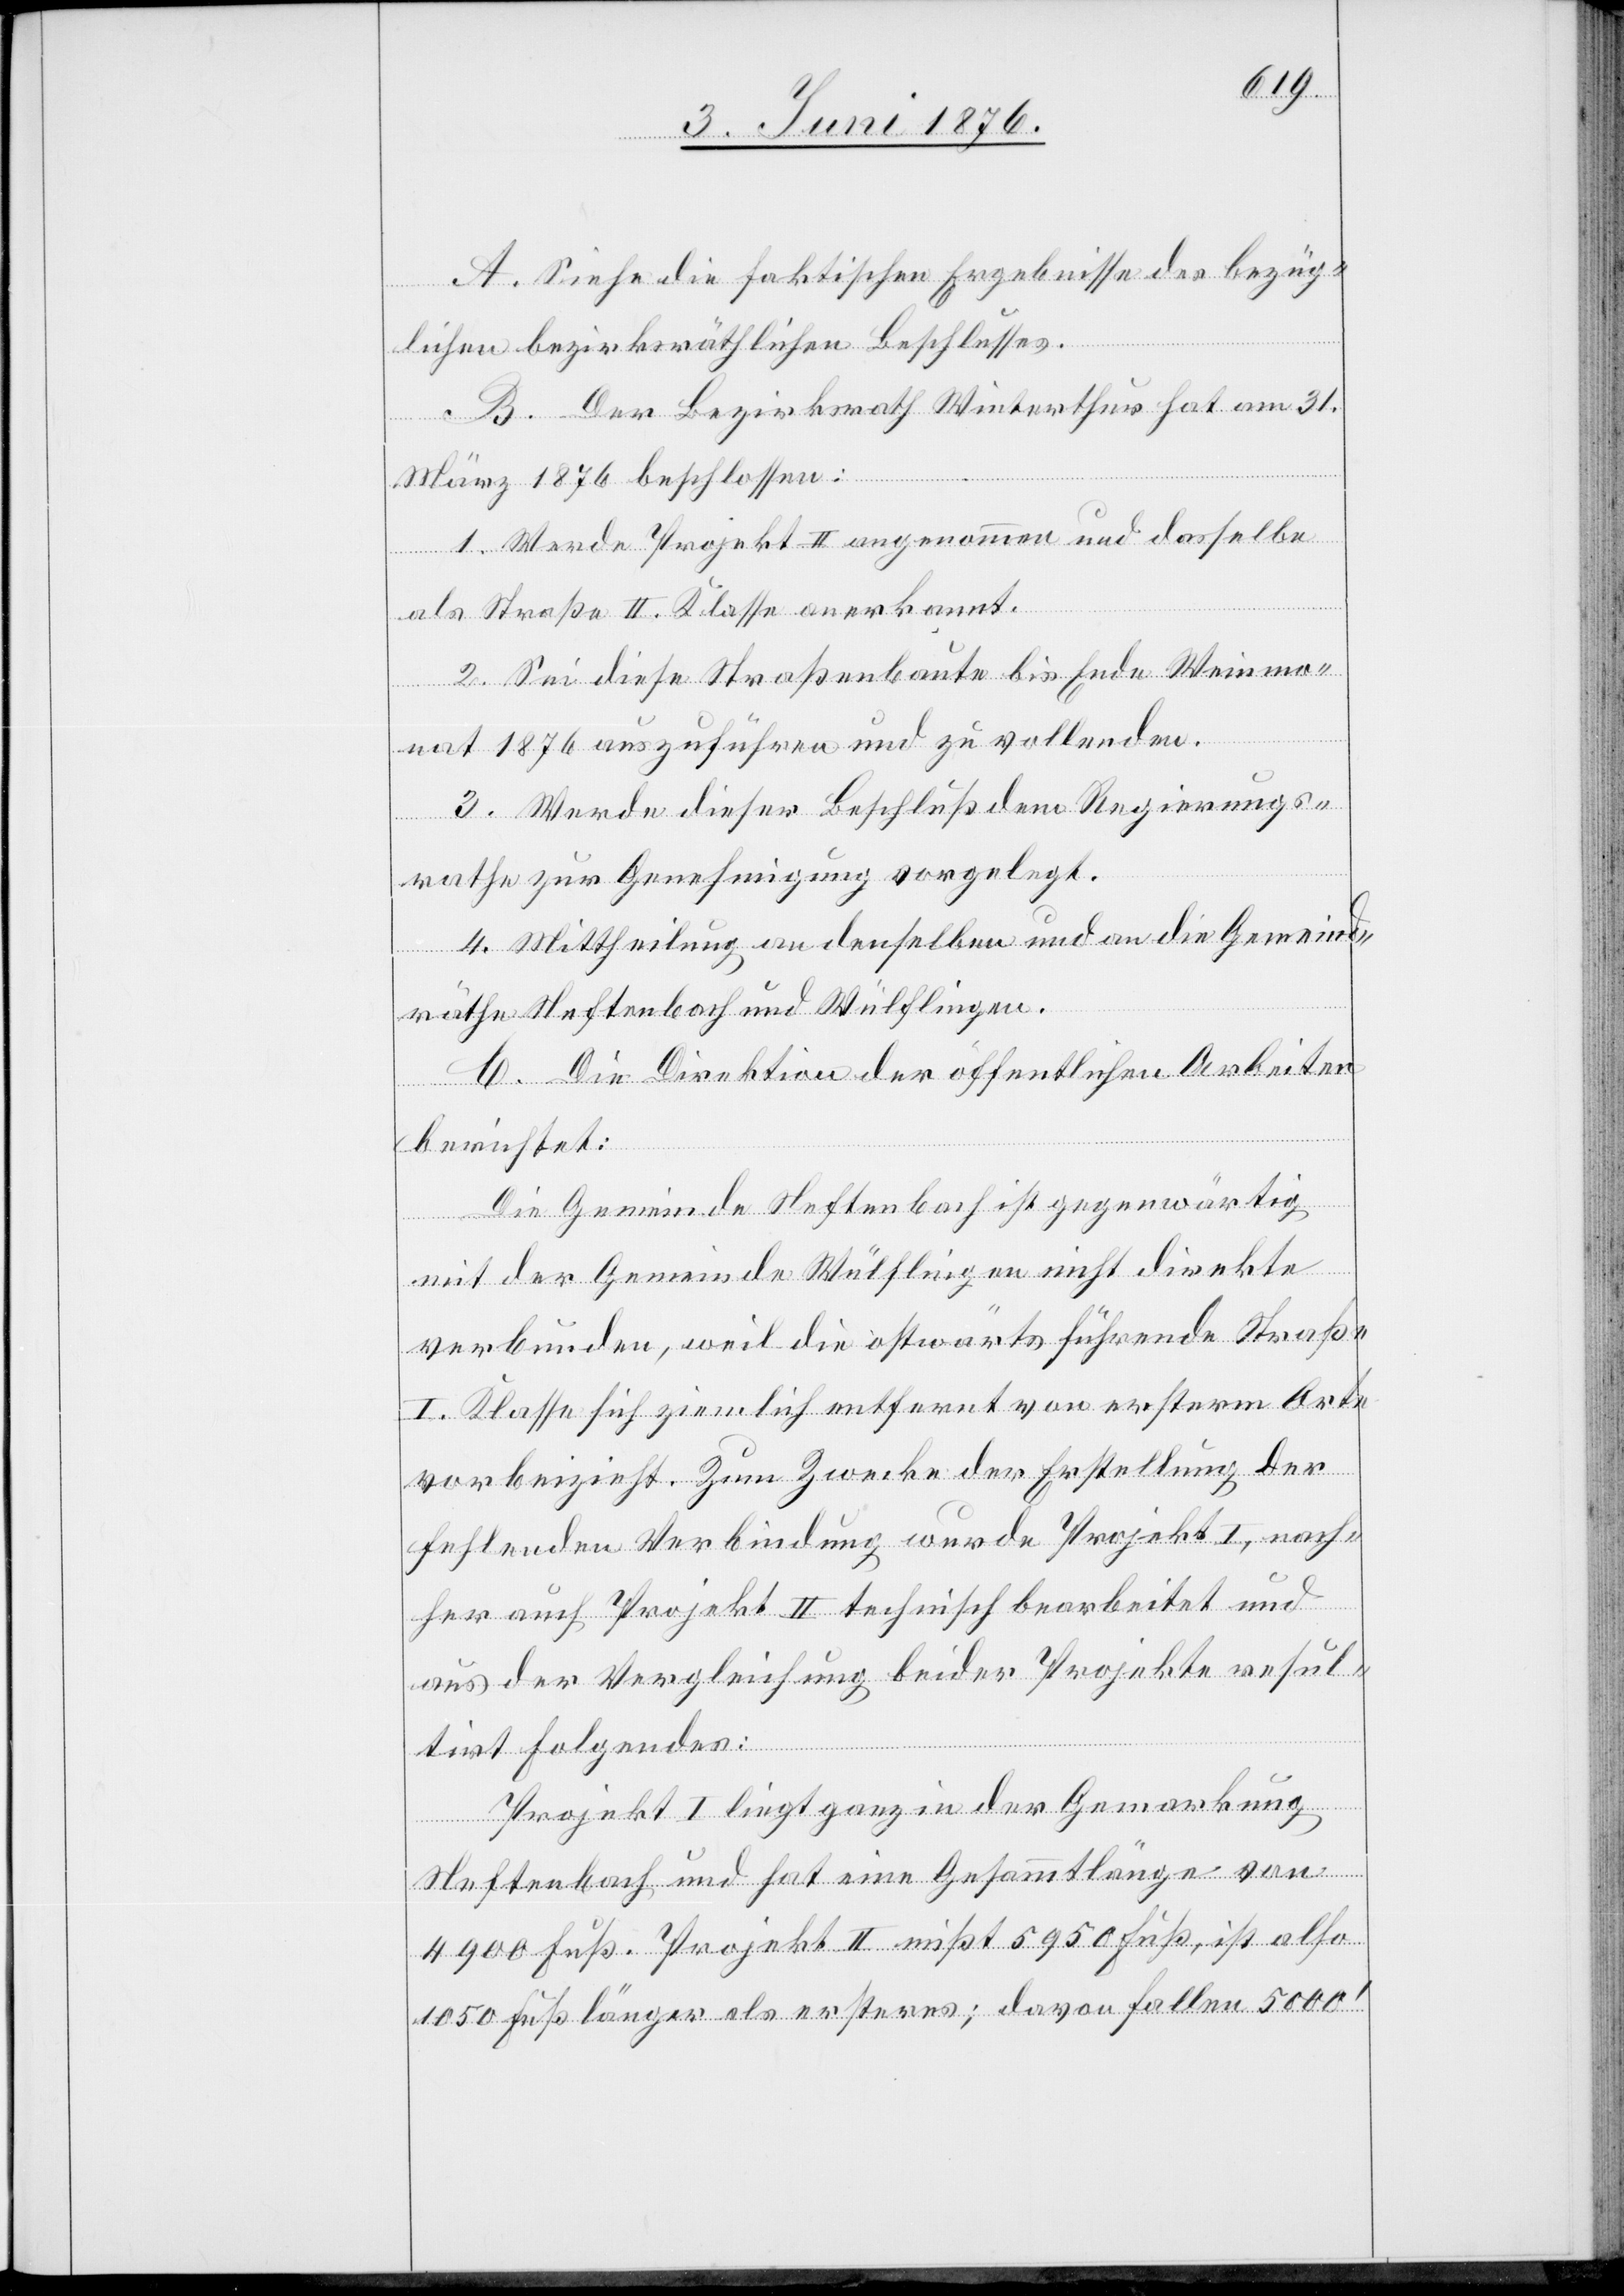
A. Siehe die faktischen Ergebnisse des bezüg¬
lichen bezirksräthlichen Beschlusses.
B. Der Bezirksrath Winterthur hat am 31.
März 1876 beschlossen:
1. Werde Projekt II angenommen und dasselbe
als Straße II. Klasse anerkannt.
2. Sei diese Straßenbaute bis Ende Weinmo¬
nat 1876 auszuführen und zu vollenden.
3. Werde dieser Beschluß dem Regierungs¬
rathe zur Genehmigung vorgelegt.
4. Mittheilung an denselben und an die Gemeind¬
räthe Neftenbach und Wülflingen.
C. Die Direktion der öffentlichen Arbeiten
berichtet:
Die Gemeinde Neftenbach ist gegenwärtig
mit der Gemeinde Wülflingen nicht direkte
verbunden, weil die ostwärts führende Straße
I. Klasse sich ziemlich entfernt von ersterm Orte
vorbeizieht. Zum Zwecke der Erstellung der
fehlenden Verbindung wurde Projekt I, nach¬
her auch Projekt II technisch bearbeitet und
aus der Vergleichung beider Projekte resul¬
tirt Folgendes:
Projekt I liegt ganz in der Gemarkung
Neftenbach und hat eine Gesammtlänge von
4900 Fuß. Projekt II mißt 5950 Fuß, ist also
1050 Fuß länger als ersteres; davon fallen 5000‘